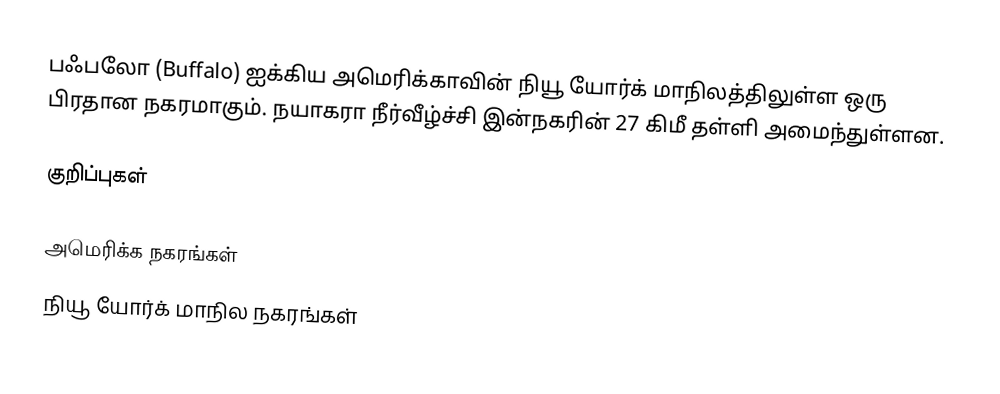
பஃபலோ (Buffalo) ஐக்கிய அமெரிக்காவின் நியூ யோர்க் மாநிலத்திலுள்ள ஒரு பிரதான நகரமாகும். நயாகரா நீர்வீழ்ச்சி இன்நகரின் 27 கிமீ தள்ளி அமைந்துள்ளன.

குறிப்புகள்

அமெரிக்க நகரங்கள்
நியூ யோர்க் மாநில நகரங்கள்